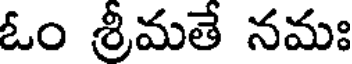
ఓం శ్రీమతే నమః